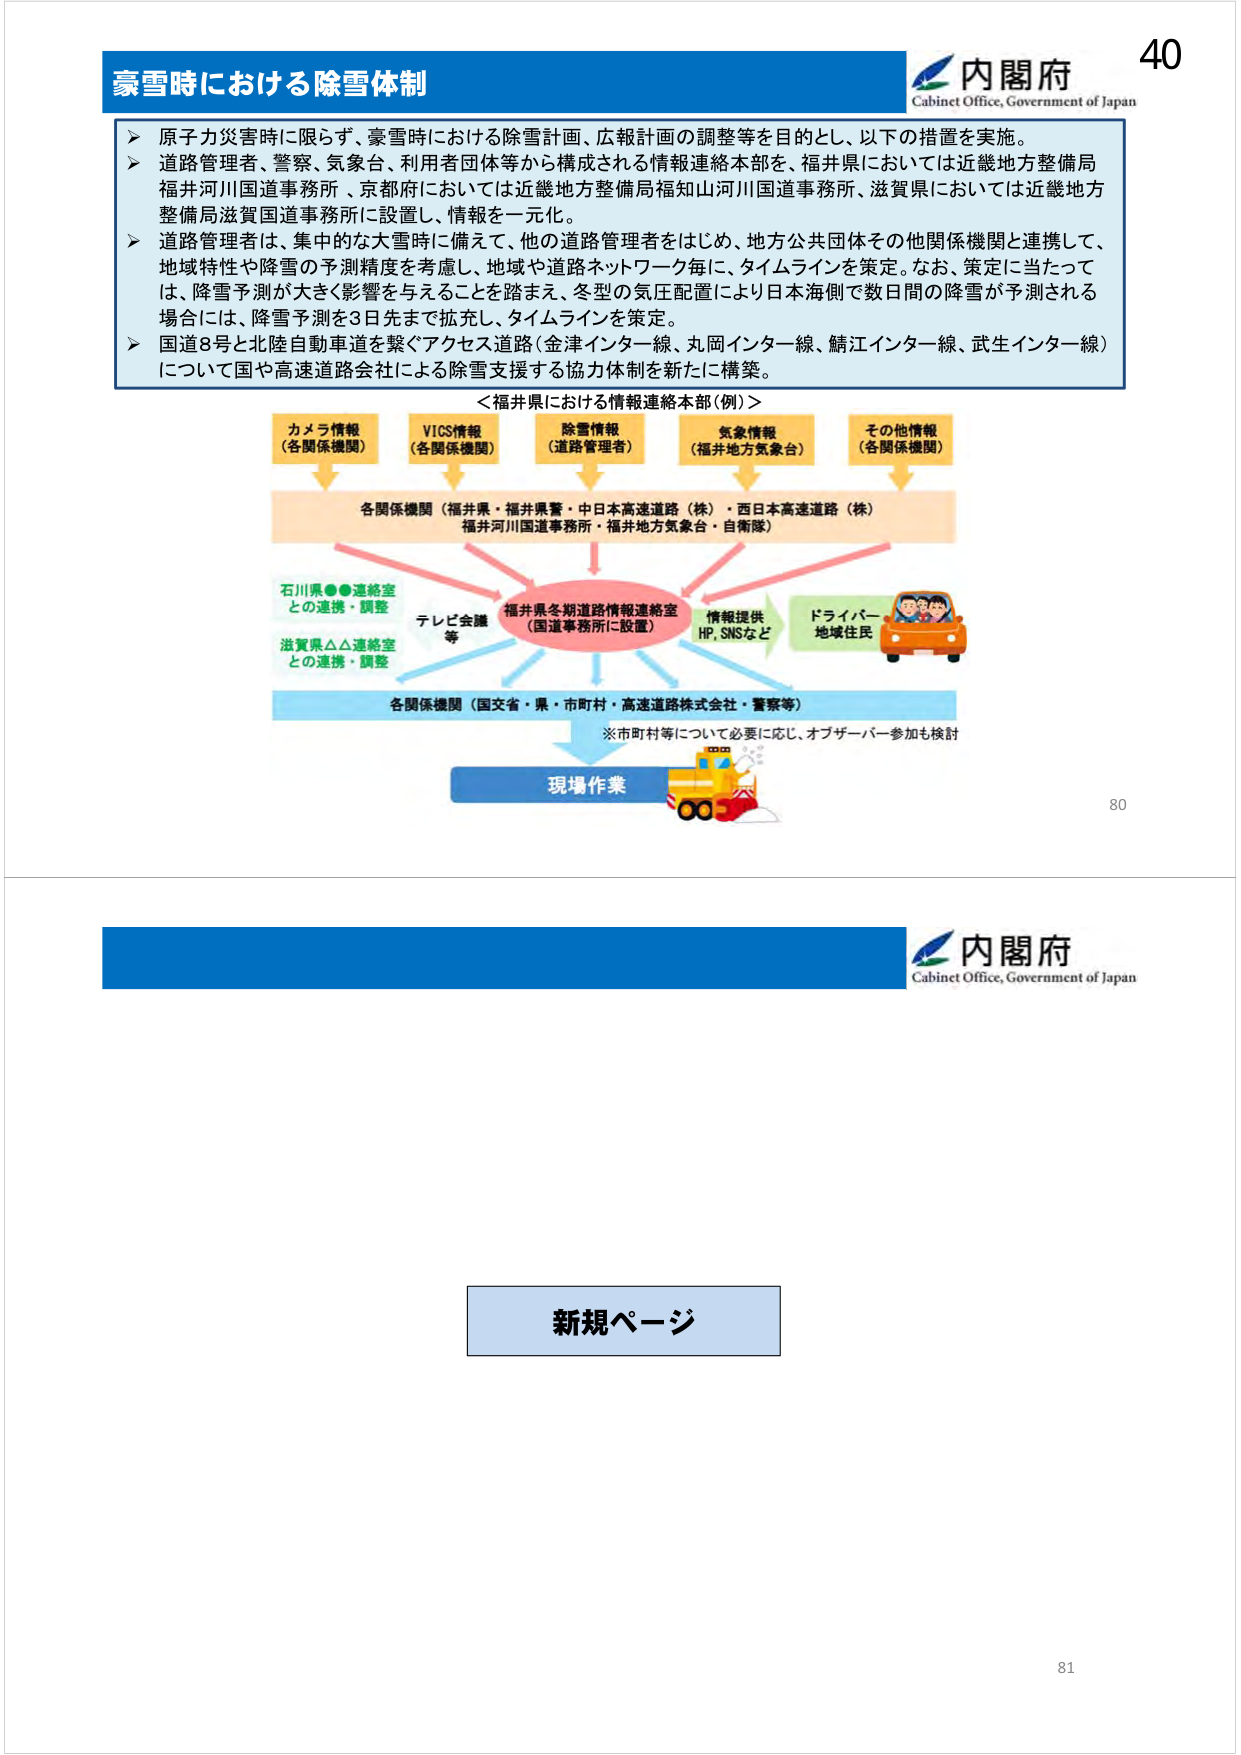
豪雪時における除雪体制

▶ 原子力災害時に限らず、豪雪時における除雪計画、広報計画の調整等を目的とし、以下の措置を実施。
▶ 道路管理者、警察、気象台、利用者団体等から構成される情報連絡本部を、福井県においては近畿地方整備局福井河川国道事務所、京都府においては近畿地方整備局福知山河川国道事務所、滋賀県においては近畿地方整備局滋賀国道事務所に設置し、情報を一元化。
▶ 道路管理者は、集中的な大雪時に備えて、他の道路管理者をはじめ、地方公共団体その他関係機関と連携して、地域特性や降雪の予測精度を考慮し、地域や道路ネットワーク毎に、タイムラインを策定。なお、策定に当たっては、降雪予測が大きく影響を与えることを踏まえ、冬季の気圧配置により日本海側で数日間の降雪が予測される場合には、降雪予測を3日先まで拡充し、タイムラインを策定。
▶ 国道8号と北陸自動車道を繋ぐアクセス道路（金津インター線、丸岡インター線、鯖江インター線、武生インター線）について国や高速道路会社による除雪支援する協力体制を新たに構築。

＜福井県における情報連絡本部（例）＞
カメラ情報（各関係機関）
VICS情報（各関係機関）
除雪情報（道路管理者）
気象情報（福井地方気象台）
その他情報（各関係機関）

各関係機関（福井県・福井県警・中日本高速道路（株）・西日本高速道路（株）福井河川国道事務所・福井地方気象台・自衛隊）

石川県●●連絡室との連携・調整
テレビ会議等
福井県冬期道路情報連絡室（国道事務所に設置）
情報提供 HP, SNSなど
ドライバー 地域住民

滋賀県△△連絡室との連携・調整

各関係機関（国交省・県・市町村・高速道路株式会社・警察等）
※市町村等について必要に応じ、オブザーバー参加も検討

現場作業

内閣府
Cabinet Office, Government of Japan

40

新規ページ

内閣府
Cabinet Office, Government of Japan

80
81